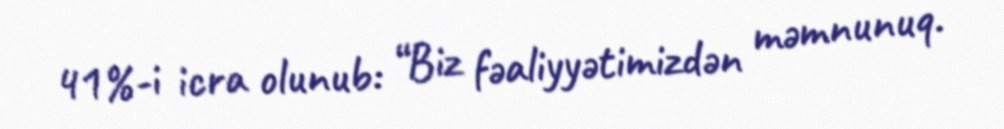
41%-i icra olunub: “Biz fəaliyyətimizdən məmnunuq.